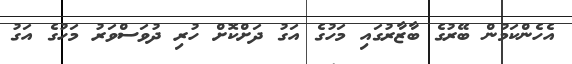
އެހެންކަމުން ބޭރުގެ ބާޒާރުގައި މަހުގެ އަގު ދަށްކޮށް ހުރި ދުވަސްވަރު މަހުގެ އަގު